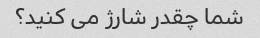
شما چقدر شارژ می کنید؟